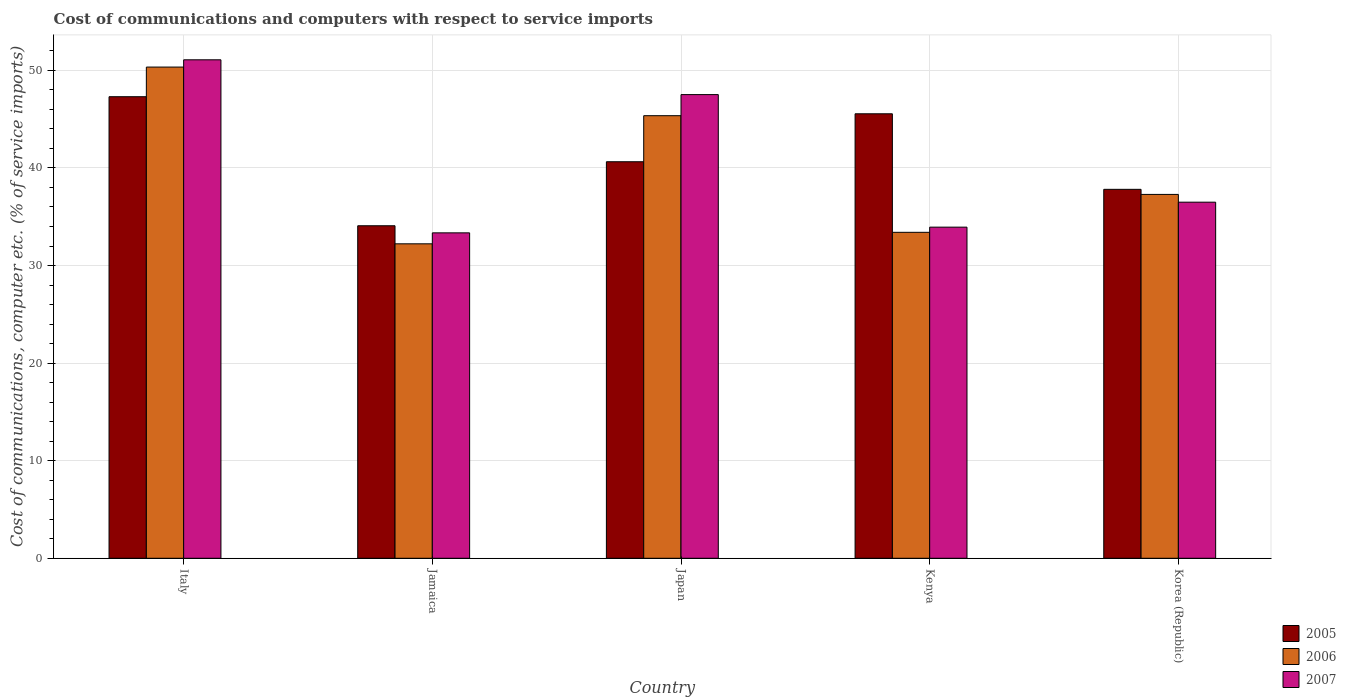
| Country | 2005 | 2006 | 2007 |
 | --- | --- | --- | --- |
 | Italy | 47.3 | 50.3 | 51.1 |
 | Jamaica | 34.1 | 32.2 | 33.3 |
 | Japan | 40.6 | 45.4 | 47.5 |
 | Kenya | 45.6 | 33.4 | 33.9 |
 | Korea (Republic) | 37.8 | 37.3 | 36.5 |